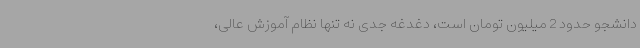
دانشجو حدود 2 میلیون تومان است، دغدغه جدی نه ‌تنها نظام آموزش عالی،